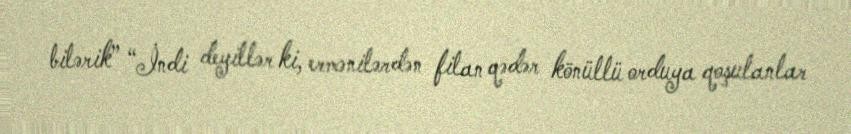
bilərik” “İndi deyillər ki, ermənilərdən filan qədər könüllü orduya qoşulanlar